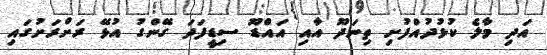
އަދި މާލެ ކުޅުދުއްފުށި ތިނަދޫ އާއި އައްޑޫ ސިޑީފަދަ ގޭންގު އުޅޭ ރަށްރަށުގައި